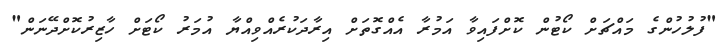
"ފުލުހުންގެ މައްޗަށް ކޯޓުން ކޮށްފައިވާ އަމުރާ އެއްގޮތަށް އިރާދަކުރެއްވިއްޔާ އުމަރު ކޯޓަށް ހާޒިރުކޮށްދޭނަން"